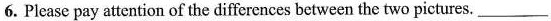
6. Please pay attention of the differences between the two pictures. ___